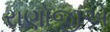
રાણોજીએ